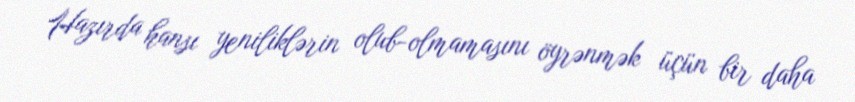
Hazırda hansı yeniliklərin olub-olmamasını öyrənmək üçün bir daha